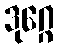
ဒုဂ္ဂေ